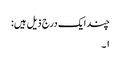
چند ایک درج ذیل ہیں:
۱۔